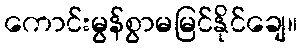
ကောင်းမွန်စွာမမြင်နိုင်ချေ။